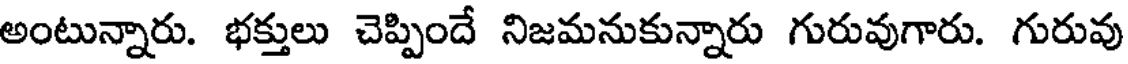
అంటున్నారు. భక్తులు చెప్పిందే నిజమనుకున్నారు గురువుగారు. గురువు